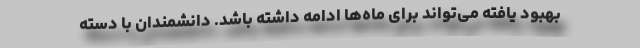
بهبود یافته می‌تواند برای ماه‌ها ادامه داشته باشد. دانشمندان با دسته